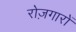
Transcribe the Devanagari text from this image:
रोज़गारों